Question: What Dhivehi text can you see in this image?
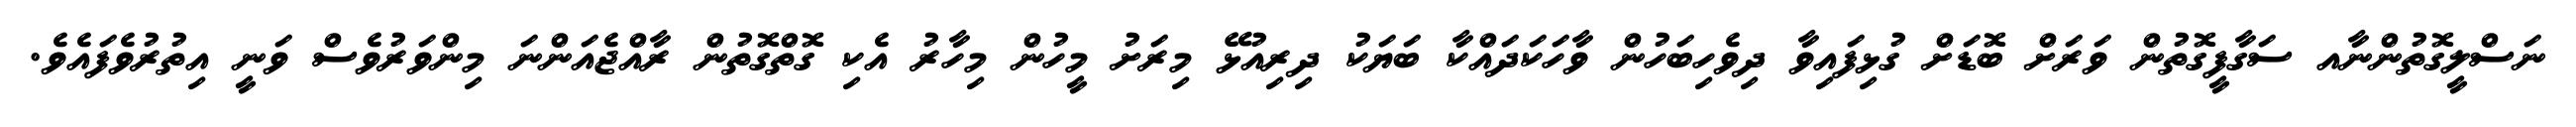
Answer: ނަސްލީގޮތުންނާއ ސަގާފީގޮތުން ވަރަށް ބޮޑަށް ގުޅިފައިވާ ދިވެހިބަހުން ވާހަކަދައްކާ ބަޔަކު ދިރިއުޅޭ މިރަށު މީހުން މިހާރު އެކި ގޮތްގޮތުން ރާއްޖެއަންނަ މިންވަރުވެސް ވަނީ އިތުރުވެފައެވެ.